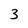
Character: 3